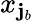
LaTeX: x_{\mathbf{j}_{b}}